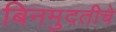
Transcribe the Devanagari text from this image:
बिनमुदतीचे